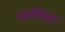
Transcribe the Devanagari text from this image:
फाशिस्ट